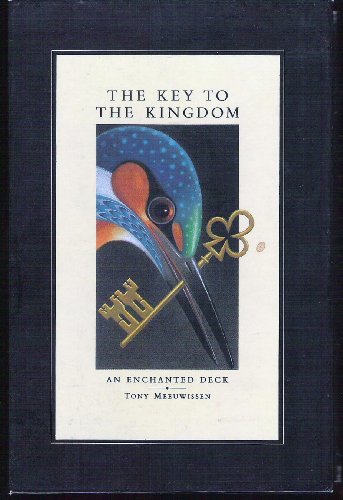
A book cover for Key to the Kingdom: An Enchanted Deck; Tony Meeuwissen; Science Fiction & Fantasy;